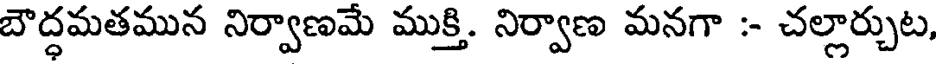
బౌద్ధమతమున నిర్వాణమే ముక్తి. నిర్వాణ మనగా :- చల్లార్చుట,